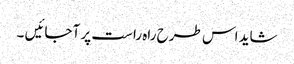
شاید اس طرح راہ راست پر آجائیں ۔